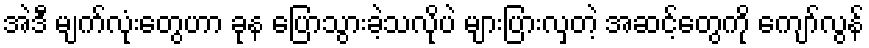
အဲဒီ မျက်လုံးတွေဟာ ခုန ပြောသွားခဲ့သလိုပဲ များပြားလှတဲ့ အဆင့်တွေကို ကျော်လွန်